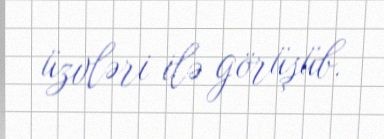
üzvləri ilə görüşüb.